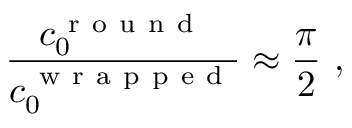
\frac { c _ { 0 } ^ { \mathrm { ~ r ~ o ~ u ~ n ~ d ~ } } } { c _ { 0 } ^ { \mathrm { ~ w ~ r ~ a ~ p ~ p ~ e ~ d ~ } } } \approx \frac { \pi } { 2 } \ ,